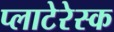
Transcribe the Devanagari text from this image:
प्लाटेरेस्क